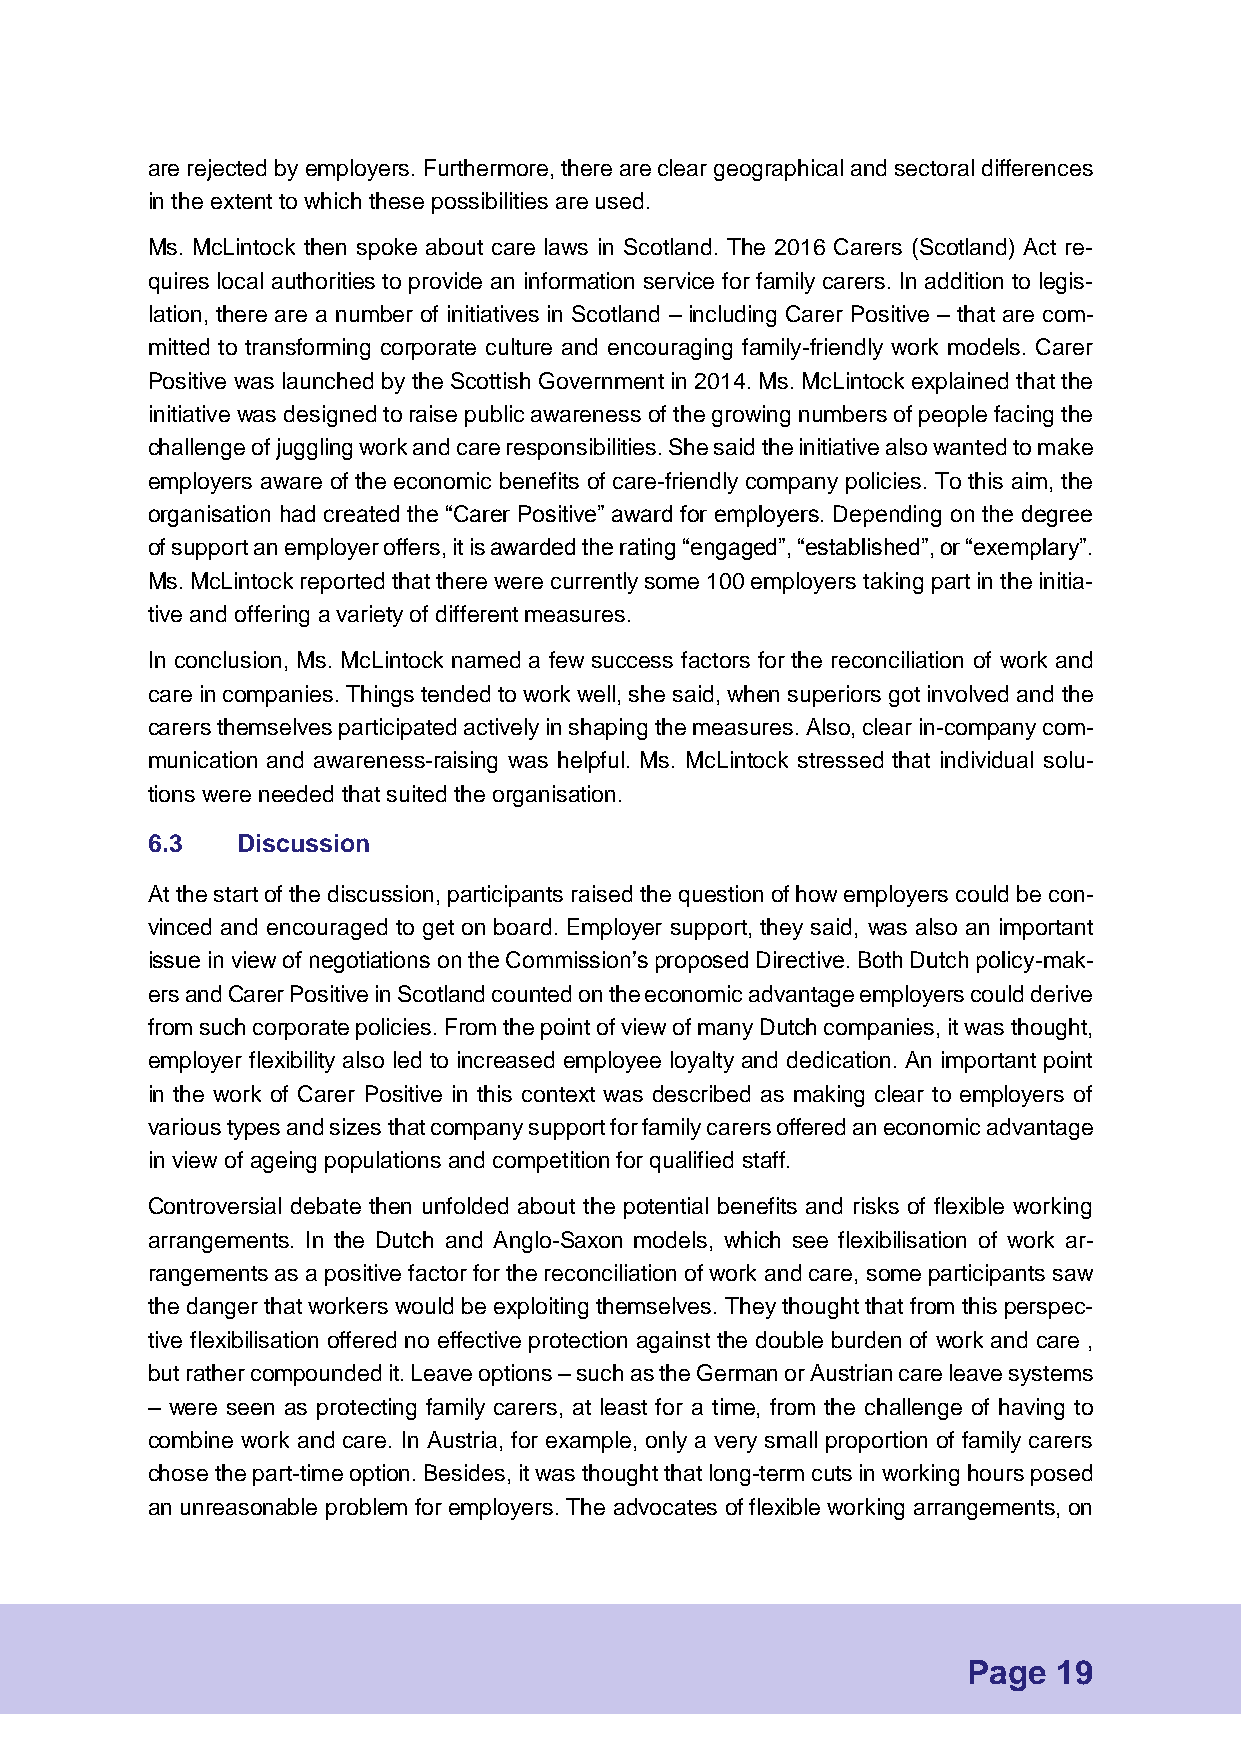
are rejected by employers. Furthermore, there are clear geographical and sectoral differences
 in the extent to which these possibilities are used.
 Ms. McLintock then spoke about care laws in Scotland. The 2016 Carers (Scotland) Act re-
 quires local authorities to provide an information service for family carers. In addition to legis-
 lation, there are a number of initiatives in Scotland – including Carer Positive – that are com-
 mitted to transforming corporate culture and encouraging family-friendly work models. Carer
 Positive was launched by the Scottish Government in 2014. Ms. McLintock explained that the
 initiative was designed to raise public awareness of the growing numbers of people facing the
 challenge of juggling work and care responsibilities. She said the initiative also wanted to make
 employers aware of the economic benefits of care-friendly company policies. To this aim, the
 organisation had created the “Carer Positive” award for employers. Depending on the degree
 of support an employer offers, it is awarded the rating “engaged”, “established”, or “exemplary”.
 Ms. McLintock reported that there were currently some 100 employers taking part in the initia-
 tive and offering a variety of different measures.
 In conclusion, Ms. McLintock named a few success factors for the reconciliation of work and
 care in companies. Things tended to work well, she said, when superiors got involved and the
 carers themselves participated actively in shaping the measures. Also, clear in-company com-
 munication and awareness-raising was helpful. Ms. McLintock stressed that individual solu-
 tions were needed that suited the organisation.
 6.3   Discussion
 At the start of the discussion, participants raised the question of how employers could be con-
 vinced and encouraged to get on board. Employer support, they said, was also an important
 issue in view of negotiations on the Commission’s proposed Directive. Both Dutch policy-mak-
 ers and Carer Positive in Scotland counted on the economic advantage employers could derive
 from such corporate policies. From the point of view of many Dutch companies, it was thought,
 employer flexibility also led to increased employee loyalty and dedication. An important point
 in the work of Carer Positive in this context was described as making clear to employers of
 various types and sizes that company support for family carers offered an economic advantage
 in view of ageing populations and competition for qualified staff.
 Controversial debate then unfolded about the potential benefits and risks of flexible working
 arrangements. In the Dutch and Anglo-Saxon models, which see flexibilisation of work ar-
 rangements as a positive factor for the reconciliation of work and care, some participants saw
 the danger that workers would be exploiting themselves. They thought that from this perspec-
 tive flexibilisation offered no effective protection against the double burden of work and care ,
 but rather compounded it. Leave options – such as the German or Austrian care leave systems
 – were seen as protecting family carers, at least for a time, from the challenge of having to
 combine work and care. In Austria, for example, only a very small proportion of family carers
 chose the part-time option. Besides, it was thought that long-term cuts in working hours posed
 an unreasonable problem for employers. The advocates of flexible working arrangements, on
 Page  19